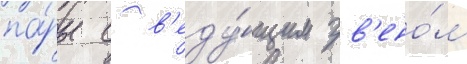
па́ры с в'еду́щим зв'ено́м